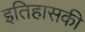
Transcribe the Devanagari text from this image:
इतिहासकी